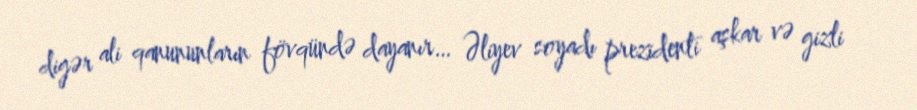
digər ali qanununların fövqündə dayanır… Əliyev soyadı prezidenti aşkar və gizli